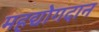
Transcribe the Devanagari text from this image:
महद्योगदान